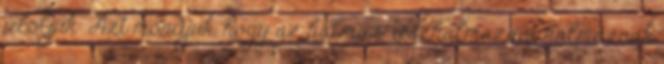
jelöljük: Azt mondjuk, hogy az halmaz részhalmaza a halmaznak